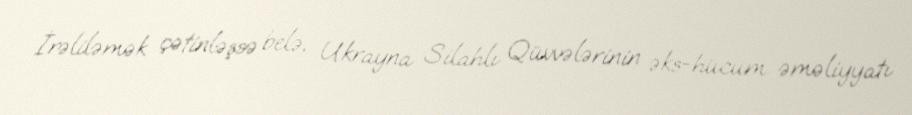
İrəliləmək çətinləşsə belə, Ukrayna Silahlı Qüvvələrinin əks-hücum əməliyyatı